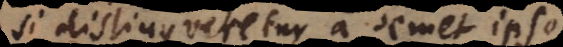
si distingueretur a semet ipso.